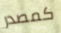
كمصدر